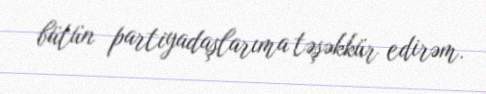
bütün partiyadaşlarıma təşəkkür edirəm.